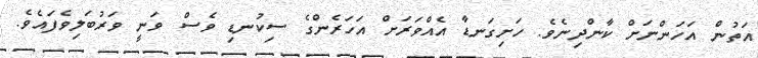
އަތުން އަހަންނަށް ކާންދިނެވެ. ހަށިގަނޑާ އެއްވަރަށް އަހަރެންގެ ސިކުނޑި ވެސް ވަނީ ވަރުބަލިވެފައެވެ.